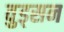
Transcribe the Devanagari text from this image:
वुड्सन